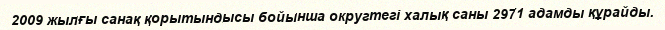
2009 жылғы санақ қорытындысы бойынша округтегі халық саны 2971 адамды құрайды.